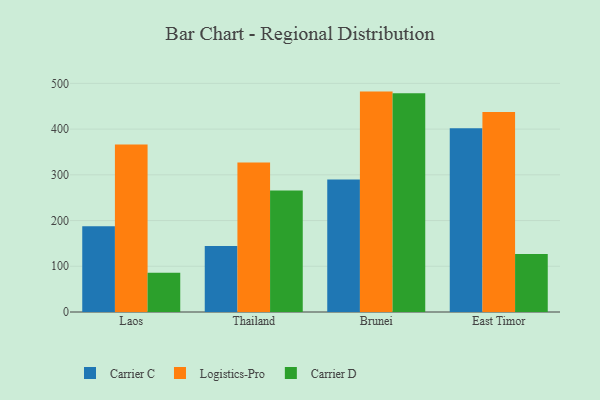
{"axis": {"x": "Country", "y": "Humidity (%)"}, "legend": ["Carrier C", "Carrier D", "Logistics-Pro"], "data": [{"x": "Laos", "y": 187.5, "type": "Carrier C"}, {"x": "Laos", "y": 366.5, "type": "Logistics-Pro"}, {"x": "Laos", "y": 85.8, "type": "Carrier D"}, {"x": "Thailand", "y": 144.6, "type": "Carrier C"}, {"x": "Thailand", "y": 326.8, "type": "Logistics-Pro"}, {"x": "Thailand", "y": 265.6, "type": "Carrier D"}, {"x": "Brunei", "y": 289.8, "type": "Carrier C"}, {"x": "Brunei", "y": 482.0, "type": "Logistics-Pro"}, {"x": "Brunei", "y": 478.6, "type": "Carrier D"}, {"x": "East Timor", "y": 401.6, "type": "Carrier C"}, {"x": "East Timor", "y": 437.2, "type": "Logistics-Pro"}, {"x": "East Timor", "y": 126.8, "type": "Carrier D"}]}